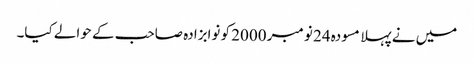
میں نے پہلا مسودہ 24 نومبر 2000 کو نوابزادہ صاحب کے حوالے کیا۔